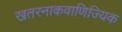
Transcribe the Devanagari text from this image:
खतरनाकवाणिज्यिक